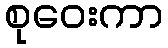
စုဝေးကာ